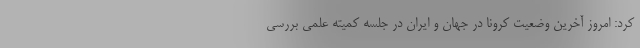
کرد: امروز آخرین وضعیت کرونا در جهان و ایران در جلسه کمیته علمی بررسی